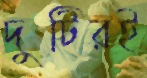
দুটিরই